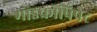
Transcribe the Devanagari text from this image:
माइक्रोपिपेट